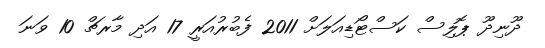
ދޫނިދޫ ޕޮލިސް ކަސްޓޯޑިއަލަށް 2011 ފެބުރުއަރީ 17 އަދި މާރޗް 10 ވަނަ